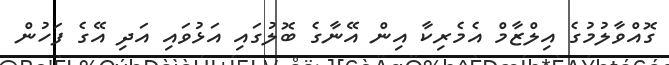
ގޮއްވާލުމުގެ އިލްޒާމް އެމެރިކާ އިން އޭނާގެ ބޮލުގައި އަޅުވައި އަދި އޭގެ ފަހުން